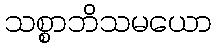
သစ္စာဘိသမယော